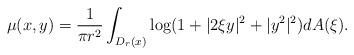
LaTeX: \begin{align*}\mu (x,y) = \frac{1}{\pi r^2} \int _{D_r (x)} \log (1 + |2\xi y|^2 +|y^2|^2) dA(\xi).\end{align*}